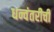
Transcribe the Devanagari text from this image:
धन्वंतरीची